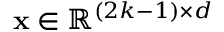
\mathbf { x } \in \mathbb { R } ^ { ( 2 k - 1 ) \times d }